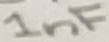
Text: 1nF